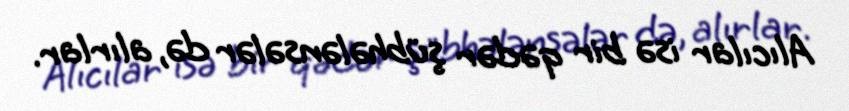
Alıcılar isə bir qədər şübhələnsələr də, alırlar.